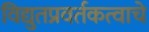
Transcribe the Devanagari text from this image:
विद्युतप्रवर्तकत्वाचे